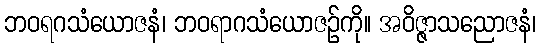
ဘဝရဂသံယောဇနံ၊ ဘဝရာဂသံယောဇဉ်ကို။ အဝိဇ္ဇာသညောဇနံ၊